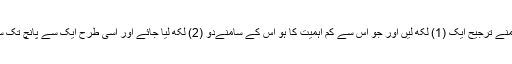
سو جو کام سب سے زیادہ اہم ہو اُس کے سامنے ترجیح ایک (1) لکھ لیں اور جو اُس سے کم اہمیت کا ہو اُس کے سامنےدو (2) لکھ لیا جائے اور اسی طرح ایک سے پانچ تک سب کاموں کی ترجیحات متعین کر لی جائیں۔